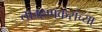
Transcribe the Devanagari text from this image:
ताम्हणकरांच्या